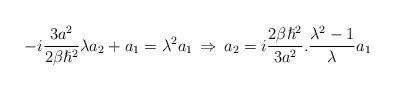
LaTeX: \begin{align*}-i\frac{3a^{2}}{2\beta \hslash^{2}} \lambda a_{2} + a_{1} = \lambda^{2} a_{1} \, \Rightarrow \, a_{2} = i \frac{2\beta \hslash^{2}}{3a^{2}} . \frac{\lambda^{2}-1}{\lambda}a_{1} \end{align*}